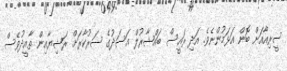
ސީރިއާއަށް ބޮން އަޅަމުންނެވެ. އަދި ރައީސް ބައްޝާރުލް އަސަދުގެ ސަރުކާރަށް ރަޝިޔާއިން ތާއީދުވެސް